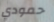
حمودي